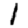
Digit: 1